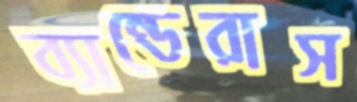
ব্যান্ডেরাস